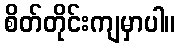
စိတ်တိုင်းကျမှာပါ။